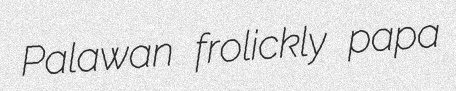
Palawan frolickly papa